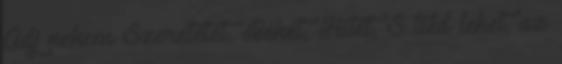
Adj nekem Szeretetet, Békét, Hitet, S tiéd lehet, az